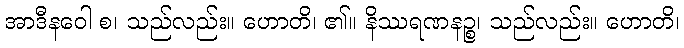
အာဒီနဝေါ စ၊ သည်လည်း။ ဟောတိ၊ ၏။ နိဿရဏနဉ္စ၊ သည်လည်း။ ဟောတိ၊